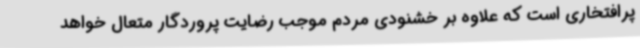
پرافتخاری است که علاوه بر خشنودی مردم موجب رضایت پروردگار متعال خواهد